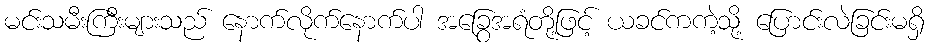
မင်းသမီးကြီးများသည် နောက်လိုက်နောက်ပါ အခြွေအရံတို့ဖြင့် ယခင်ကကဲ့သို့ ပြောင်းလဲခြင်းမရှိ